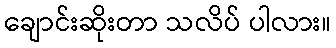
ချောင်းဆိုးတာ သလိပ် ပါလား။